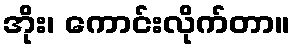
အိုး၊ ကောင်းလိုက်တာ။